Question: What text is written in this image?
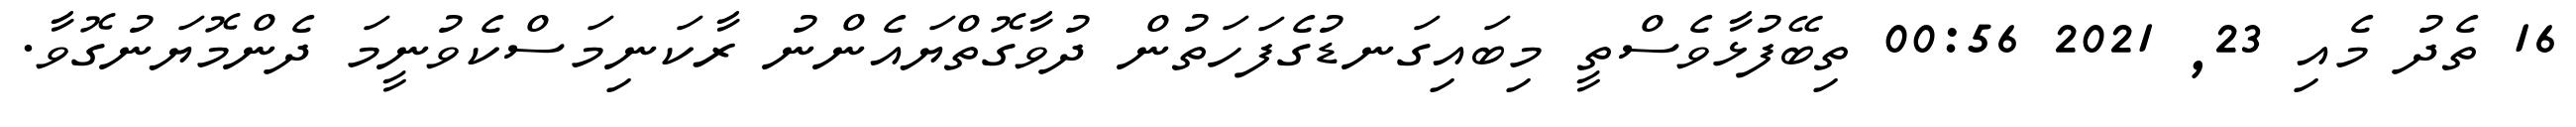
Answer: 16 ތެދު މެއި 23, 2021 00:56 ތިބޭފުޅާވެސްތީ މިބައިގަނޑުގެފަހަތުން ދުވާގޮތްޔައެންނު ރާކަނިމަސްކެވުނީމަ ދެންމޮޔަނުގޮވާ.